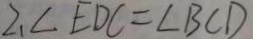
2 . \angle E D C = \angle B C D